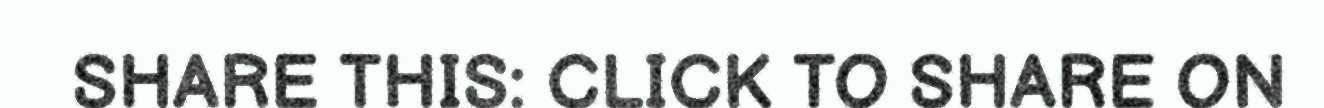
SHARE THIS: CLICK TO SHARE ON